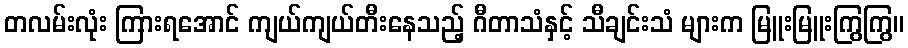
တလမ်းလုံး ကြားရအောင် ကျယ်ကျယ်တီးနေသည့် ဂီတာသံနှင့် သီချင်းသံ များက မြူးမြူးကြွကြွ။